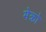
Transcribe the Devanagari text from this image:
मेक्रो